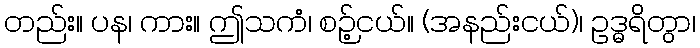
တည်း။ ပန၊ ကား။ ဤသကံ၊ စဉ့်ငယ်။ (အနည်းငယ်)၊ ဥဒ္ဓရိတွာ၊